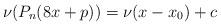
LaTeX: \begin{align*}\nu(P_n(8x+p))=\nu(x-x_0)+c\end{align*}